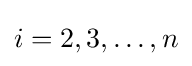
i=2,3,\dots ,n